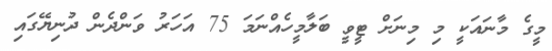
މީގެ މާނައަކީ މި މިނަށް ޓީވީ ބަލާމީހެއްނަމަ 75 އަހަރު ވަންދެން ދުނިޔޭގައި